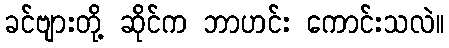
ခင်ဗျားတို့ ဆိုင်က ဘာဟင်း ကောင်းသလဲ။